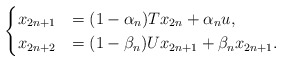
\begin{align*}\begin{cases}x_{2n+1}&=(1-\alpha_n)Tx_{2n} + \alpha_n u,\\x_{2n+2}&=(1-\beta_n)Ux_{2n+1} + \beta_nx_{2n+1}.\end{cases}\end{align*}